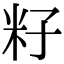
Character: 籽